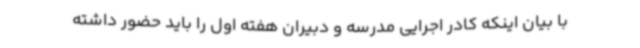
با بیان اینکه کادر اجرایی مدرسه و دبیران هفته اول را باید حضور داشته